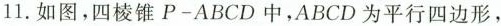
11.如图，四棱锥P-ABCD中，ABCD为平行四边形，